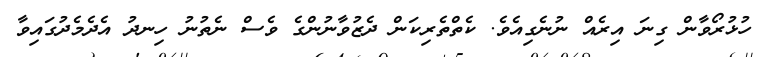
ހުޅުރޯވާން ގިނަ އިރެއް ނުނެގިއެވެ. ކެތްތެރިކަން ދެޒުވާނުންގެ ވެސް ނެތުނު ހިނދު އެދެމެދުގައިވާ